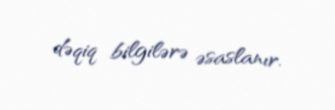
dəqiq bilgilərə əsaslanır.